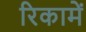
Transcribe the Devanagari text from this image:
रिकामें